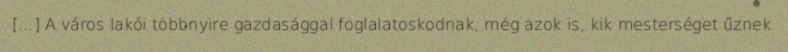
[...] A város lakói többnyire gazdasággal foglalatoskodnak, még azok is, kik mesterséget űznek.